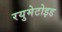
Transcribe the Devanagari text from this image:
रयुमेटोइड